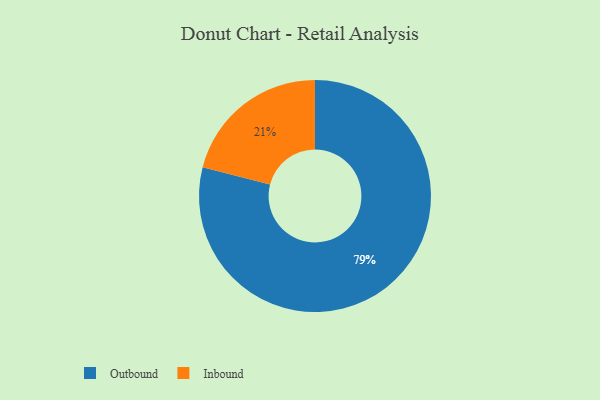
{"axis": {"x": "Category", "y": "Percentage"}, "legend": ["Inbound", "Outbound"], "data": [{"x": "Inbound", "y": 21, "type": "Inbound"}, {"x": "Outbound", "y": 79, "type": "Outbound"}]}